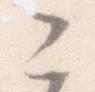
こ